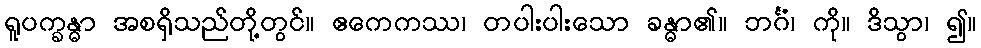
ရူပက္ခန္ဓာ အစရှိသည်တို့တွင်။ ဧကေကဿ၊ တပါးပါးသော ခန္ဓာ၏။ ဘင်္ဂံ၊ ကို။ ဒိသွာ၊ ၍။